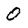
Character: 0